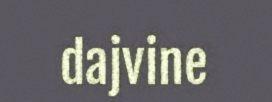
dajvine